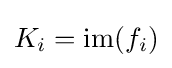
K_{i}=\operatorname {im} (f_{i})